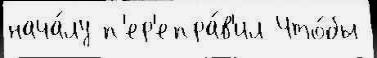
нача́лу п'ер'епра́в'ил Что́бы